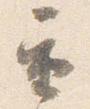
重